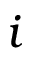
i